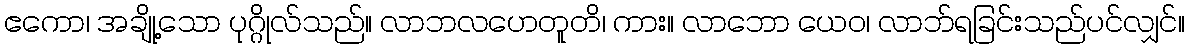
ဧကော၊ အချို့သော ပုဂ္ဂိုလ်သည်။ လာဘလဟေတူတိ၊ ကား။ လာဘော ယေဝ၊ လာဘ်ရခြင်းသည်ပင်လျှင်။